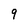
Character: 9